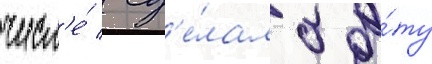
числ'е́ / сд'е́лало э́ту